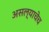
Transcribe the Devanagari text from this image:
असल्याचेच